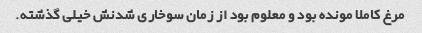
مرغ کاملا مونده بود و معلوم بود از زمان سوخاری شدنش خیلی گذشته.